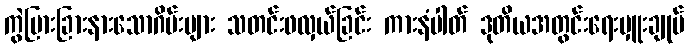
ကွဲပြားခြားနားသောဂိမ်းများ သတင်းဖလှယ်ခြင်း ကားနံပါတ် ဒုတိယအတွင်းရေးမှူးချုပ်